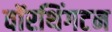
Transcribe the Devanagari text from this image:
वॉरथिंगटन